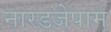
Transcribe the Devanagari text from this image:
नारडजेपाम